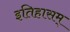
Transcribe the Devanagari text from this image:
इतिहासम्